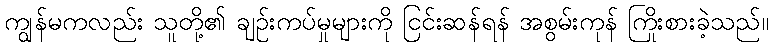
ကျွန်မကလည်း သူတို့၏ ချဉ်းကပ်မှုများကို ငြင်းဆန်ရန် အစွမ်းကုန် ကြိုးစားခဲ့သည်။